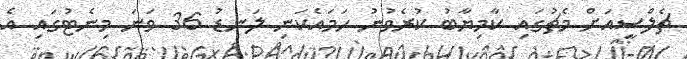
ޗެލްސީއަށް މެޗުގައި ކާމިޔާބު ކުރެވުނު ހަމައެކަނި ލަނޑު 36 ވަނަ މިނެޓުގައި އެ